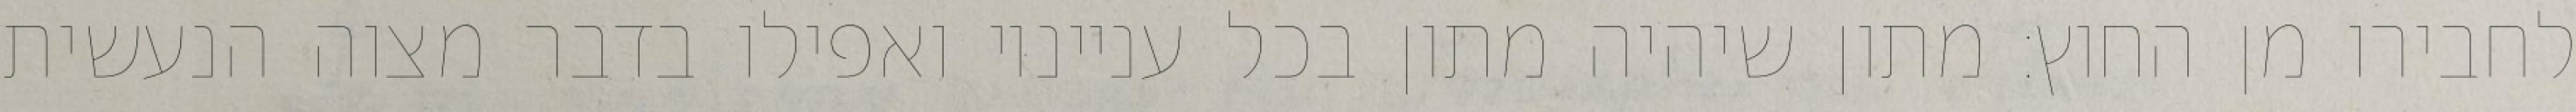
לחבירו מן החוץ: מתון שיהיה מתון בכל ענייניו ואפילו בדבר מצוה הנעשית